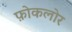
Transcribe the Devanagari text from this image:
फ़ोकलोर